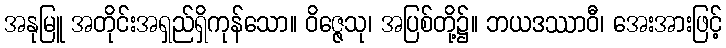
အနုမြူ အတိုင်းအရှည်ရှိကုန်သော။ ဝိဇ္ဇေသု၊ အပြစ်တို့၌။ ဘယဒဿာဝီ၊ အေးအားဖြင့်